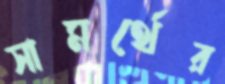
সামর্থের